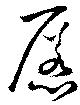
慝